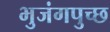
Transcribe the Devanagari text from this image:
भुजंगपुच्छ